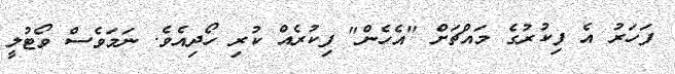
ފަހަރު އެ ފިކުރުގެ މައްޗަށް "އެހެން" ފިކުރެއް ކުރި ހޯދިއެވެ. ނަމަވެސް ވޯޓުލީ